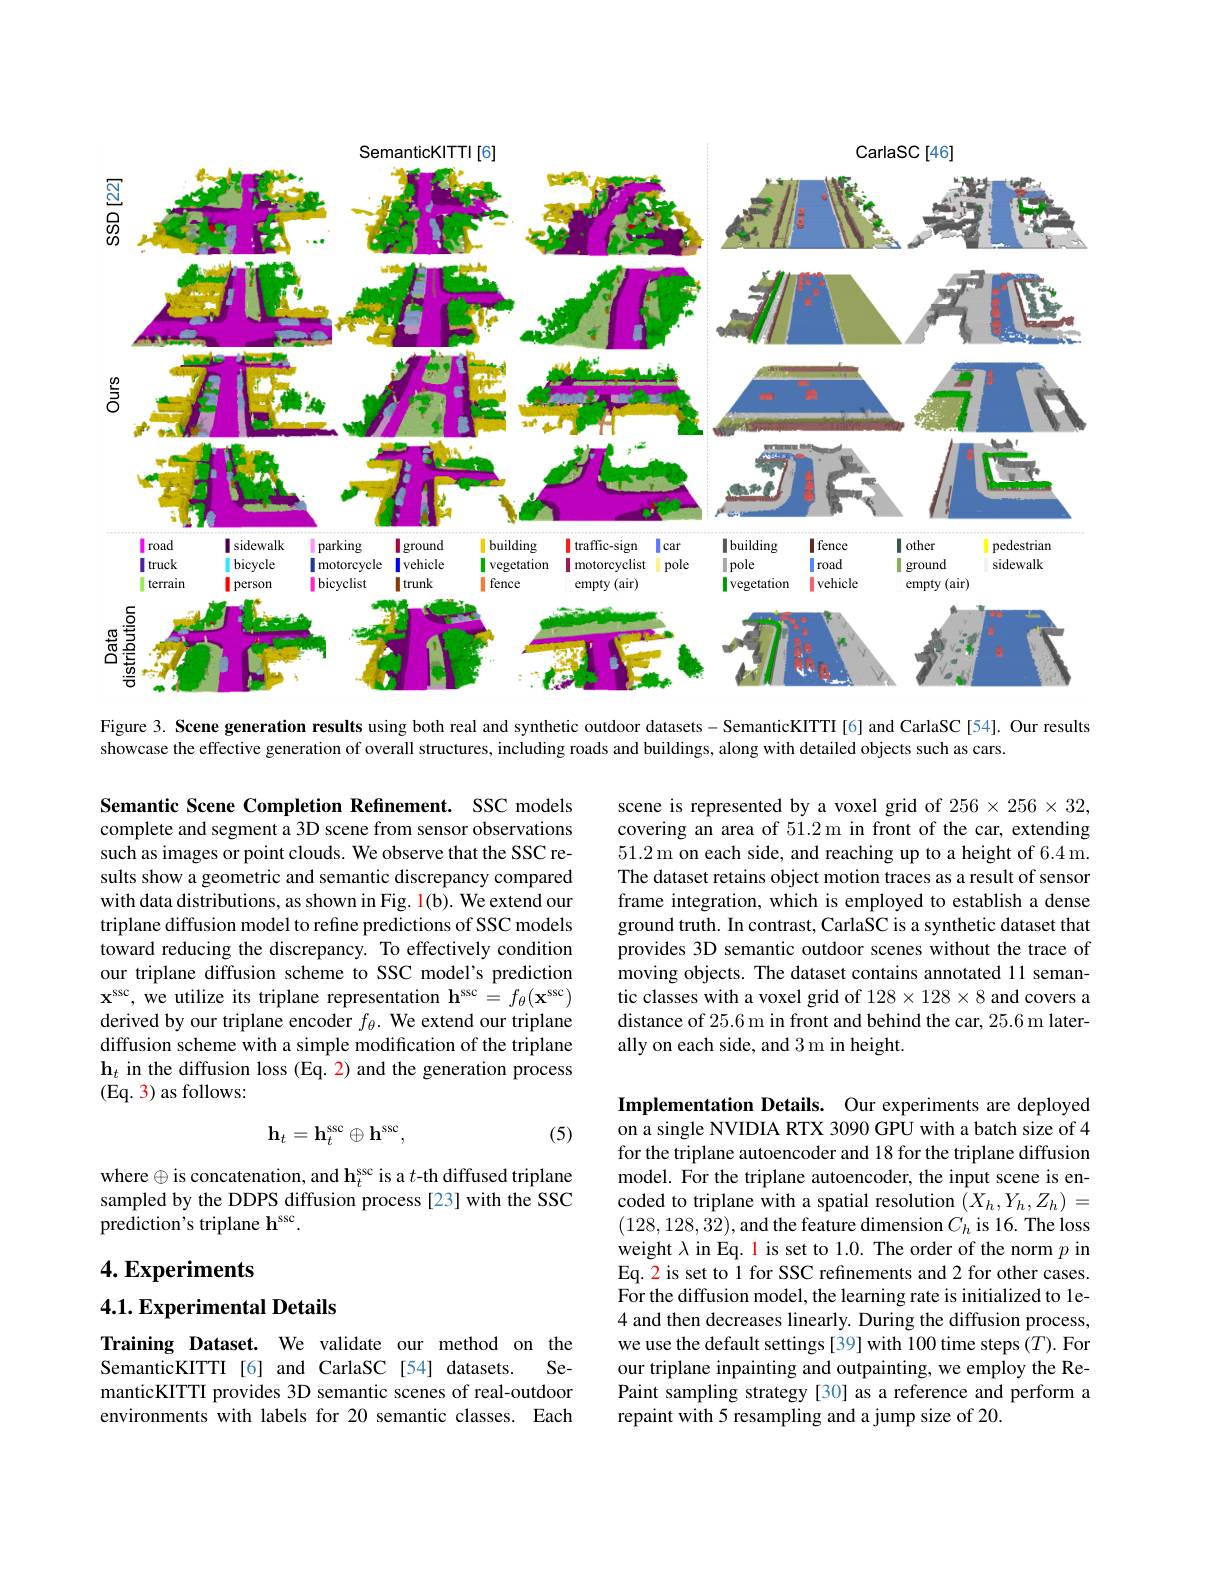
<FigureHere>

Figure 3. Scene generation results using both real and synthetic outdoor datasets - SemanticKITTI[6] and CarlaSC[54]. Our results

showcase the effective generation of overall structures, including roads and buildings, along with detailed objects such as cars

scene is represented by a voxel grid of 256×256×32, covering an area of 51.2 m in front of the car, extending 51.2 m on each side, and reaching up to a height of 6.4 m. The dataset retains object motion traces as a result of sensor frame integration, which is employed to establish a dense ground truth. In contrast, CarlaSC is a synthetic dataset that provides 3D semantic outdoor scenes without the trace of moving objects. The dataset contains annotated 11 semantic classes with a voxel grid of $128\times128\times8$ and covers a distance of 25.6 m in front and behind the car, 25.6 m laterally on each side, and 3 m in height.

Semantic Scene Completion Refinement. SSC models complete and segment a 3D scene from sensor observations such as images or point clouds. We observe that the SSC results show a geometric and semantic discrepancy compared with data distributions, as shown in Fig. $\color{red}1(\mathrm{b}).$ We extend our triplane diffusion model to refine predictions of SSC models toward reducing the discrepancy. To effectively condition our triplane diffusion scheme to SSC model's prediction $\mathbf{x}^{\mathrm{ssc}}$, we utilize its triplane representation $\mathbf{h}^\mathrm{ssc}=f_\theta(\mathbf{x}^\mathrm{ssc})$ derived by our triplane encoder $f_\theta.$ We extend our triplane diffusion scheme with a simple modification of the triplane $\mathbf{h}_t$ in the diffusion loss (Eq. 2) and the generation process (Eq. 3) as follows:

(5)
$$\mathbf{h}_t=\mathbf{h}_t^\mathrm{ssc}\oplus\mathbf{h}^\mathrm{ssc},$$
where $\oplus$ is concatenation, and h$_t^\mathrm{ssc}$ is a $t$-th diffused triplane sampled by the DDPS diffusion process [23] with the SSC prediction's triplane h$^\mathrm{ssc}.$

Implementation Details. Our experiments are deployed on a single NVIDIA RTX 3090 GPU with a batch size of 4 for the triplane autoencoder and 18 for the triplane diffusion model. For the triplane autoencoder, the input scene is encoded to triplane with a spatial resolution $(X_h,Y_h,Z_h)=$ (128,128,32),and the feature dimension $C_h$ is 16. The loss weight $\lambda$ in Eq. 1 is set to 1.0. The order of the norm $p$ in Eq. 2 is set to 1 for SSC refinements and 2 for other cases. $\hat{\text{For the diffusion model, the learning rate is initialized to le-}}$ 4 and then decreases linearly. During the diffusion process, we use the default settings [39] with 100 time steps (T). For our triplane inpainting and outpainting, we employ the RePaint sampling strategy [30] as a reference and perform a repaint with 5 resampling and a jump size of 20.

## $4. \textbf{Experiments}$

### 4.1. Experimental Details

Training Dataset. We validate our method on the
SemanticKITTI [6] and CarlaSC [54] datasets.
Se-
manticKITTI provides 3D semantic scenes of real-outdoor environments with labels for 20 semantic classes. Each